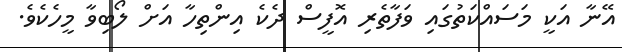
އޭނާ އަކީ މަސައްކަތުގައި ވަފާތެރި އޮފީސް ދެކެ އިންތިހާ އަށް ލޯބިވާ މީހެކެވެ.